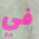
في